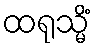
ထရုသ္မိံ